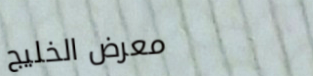
معرض الخليج